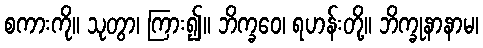
စကားကို။ သုတွာ၊ ကြား၍။ ဘိက္ခဝေ၊ ရဟန်းတို့။ ဘိက္ခုနာနာမ၊